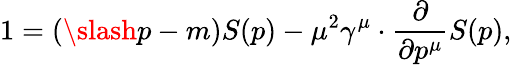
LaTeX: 1=(\slash p-m)S(p)-\mu^{2}\gamma^{\mu}\cdot{\frac{\partial}{\partial p^{\mu}}}S(p),